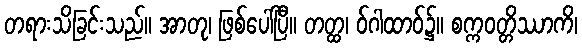
တရားသိခြင်းသည်။ အာတု၊ ဖြစ်ပေါ်ပြီ။ တတ္ထ၊ ဝ်ဂါထာဝ်၌။ စက္ကဝတ္တိဿာကိ၊